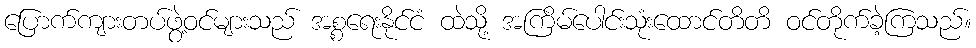
ပြောက်ကျားတပ်ဖွဲ့ဝင်များသည် အစ္စရေးနိုင်ငံ ထဲသို့ အကြိမ်ပေါင်းသုံးထောင်တိတိ ဝင်တိုက်ခဲ့ကြသည်။